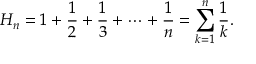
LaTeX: H _ { n } = 1 + { \frac { 1 } { 2 } } + { \frac { 1 } { 3 } } + \cdots + { \frac { 1 } { n } } = \sum _ { k = 1 } ^ { n } { \frac { 1 } { k } } .